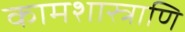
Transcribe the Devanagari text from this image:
कामशास्त्राणि